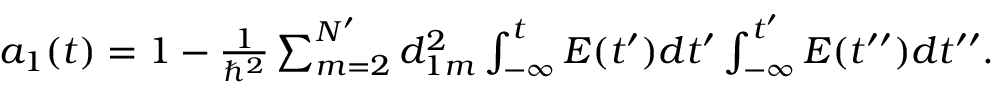
\begin{array} { r } { a _ { 1 } ( t ) = 1 - \frac { 1 } { \hbar ^ { 2 } } \sum _ { m = 2 } ^ { N ^ { \prime } } d _ { 1 m } ^ { 2 } \int _ { - \infty } ^ { t } E ( t ^ { \prime } ) d t ^ { \prime } \int _ { - \infty } ^ { t ^ { \prime } } E ( t ^ { \prime \prime } ) d t ^ { \prime \prime } . } \end{array}